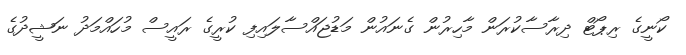
ކޯނީގެ ރިޕޯޓް ދިރާސާކުރަން މާހިރުން ގެނައުން މަޑުޖައްސާލައިފި ކުރީގެ ރައީސް މުހައްމަދު ނަޝީދުގެ